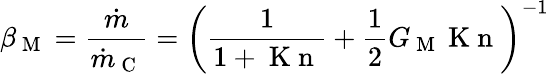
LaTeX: \beta_{\mathrm{~M~}}=\frac{\dot{m}}{\dot{m}_{\mathrm{~C~}}}=\bigg(\frac{1}{1+\mathrm{~K~n~}}+\frac{1}{2}G_{\mathrm{~M~}}\mathrm{~K~n~}\bigg)^{-1}